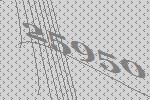
25950